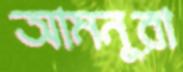
আমনুরা